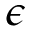
\epsilon